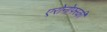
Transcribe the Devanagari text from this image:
एरोनोफ्स्की